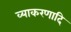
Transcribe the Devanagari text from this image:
व्याकरणादि